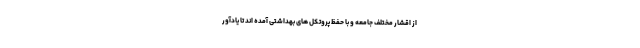
از اقشار مختلف جامعه و با حفظ پروتکل های بهداشتی آمده اند تا یادآور